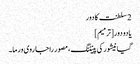
2 سلطنت کا دور
یادو دور[ترمیم]
گیانیشور کی پینٹنگ، مصور راجا روی ورما۔